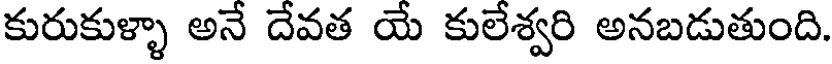
కురుకుళ్ళా అనే దేవత యే కులేశ్వరి అనబడుతుంది.